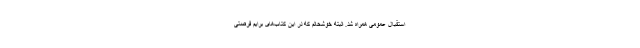
استقبال عمومی همراه شد. البته خوشحالم که در این کتاب‌های برایم فرصتی